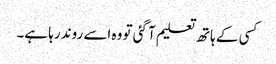
کسی کے ہاتھ تعلیم آ گئی تو وہ اسے روند رہا ہے۔